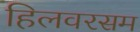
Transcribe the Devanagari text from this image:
हिलवरसम